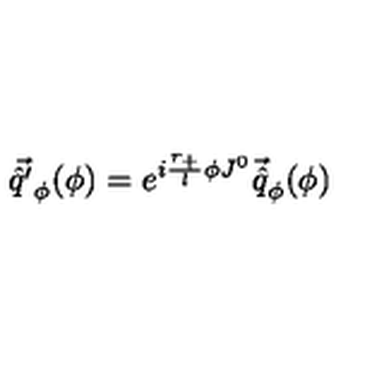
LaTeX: \vec { \hat { q } ^ { \prime } } _ { \phi } ( \phi ) = e ^ { i \frac { r _ { + } } { l } \phi J ^ { 0 } } \vec { \hat { q } } _ { \phi } ( \phi )